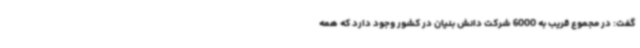
گفت: در مجموع قریب به 6000 شرکت دانش بنیان در کشور وجود دارد که همه